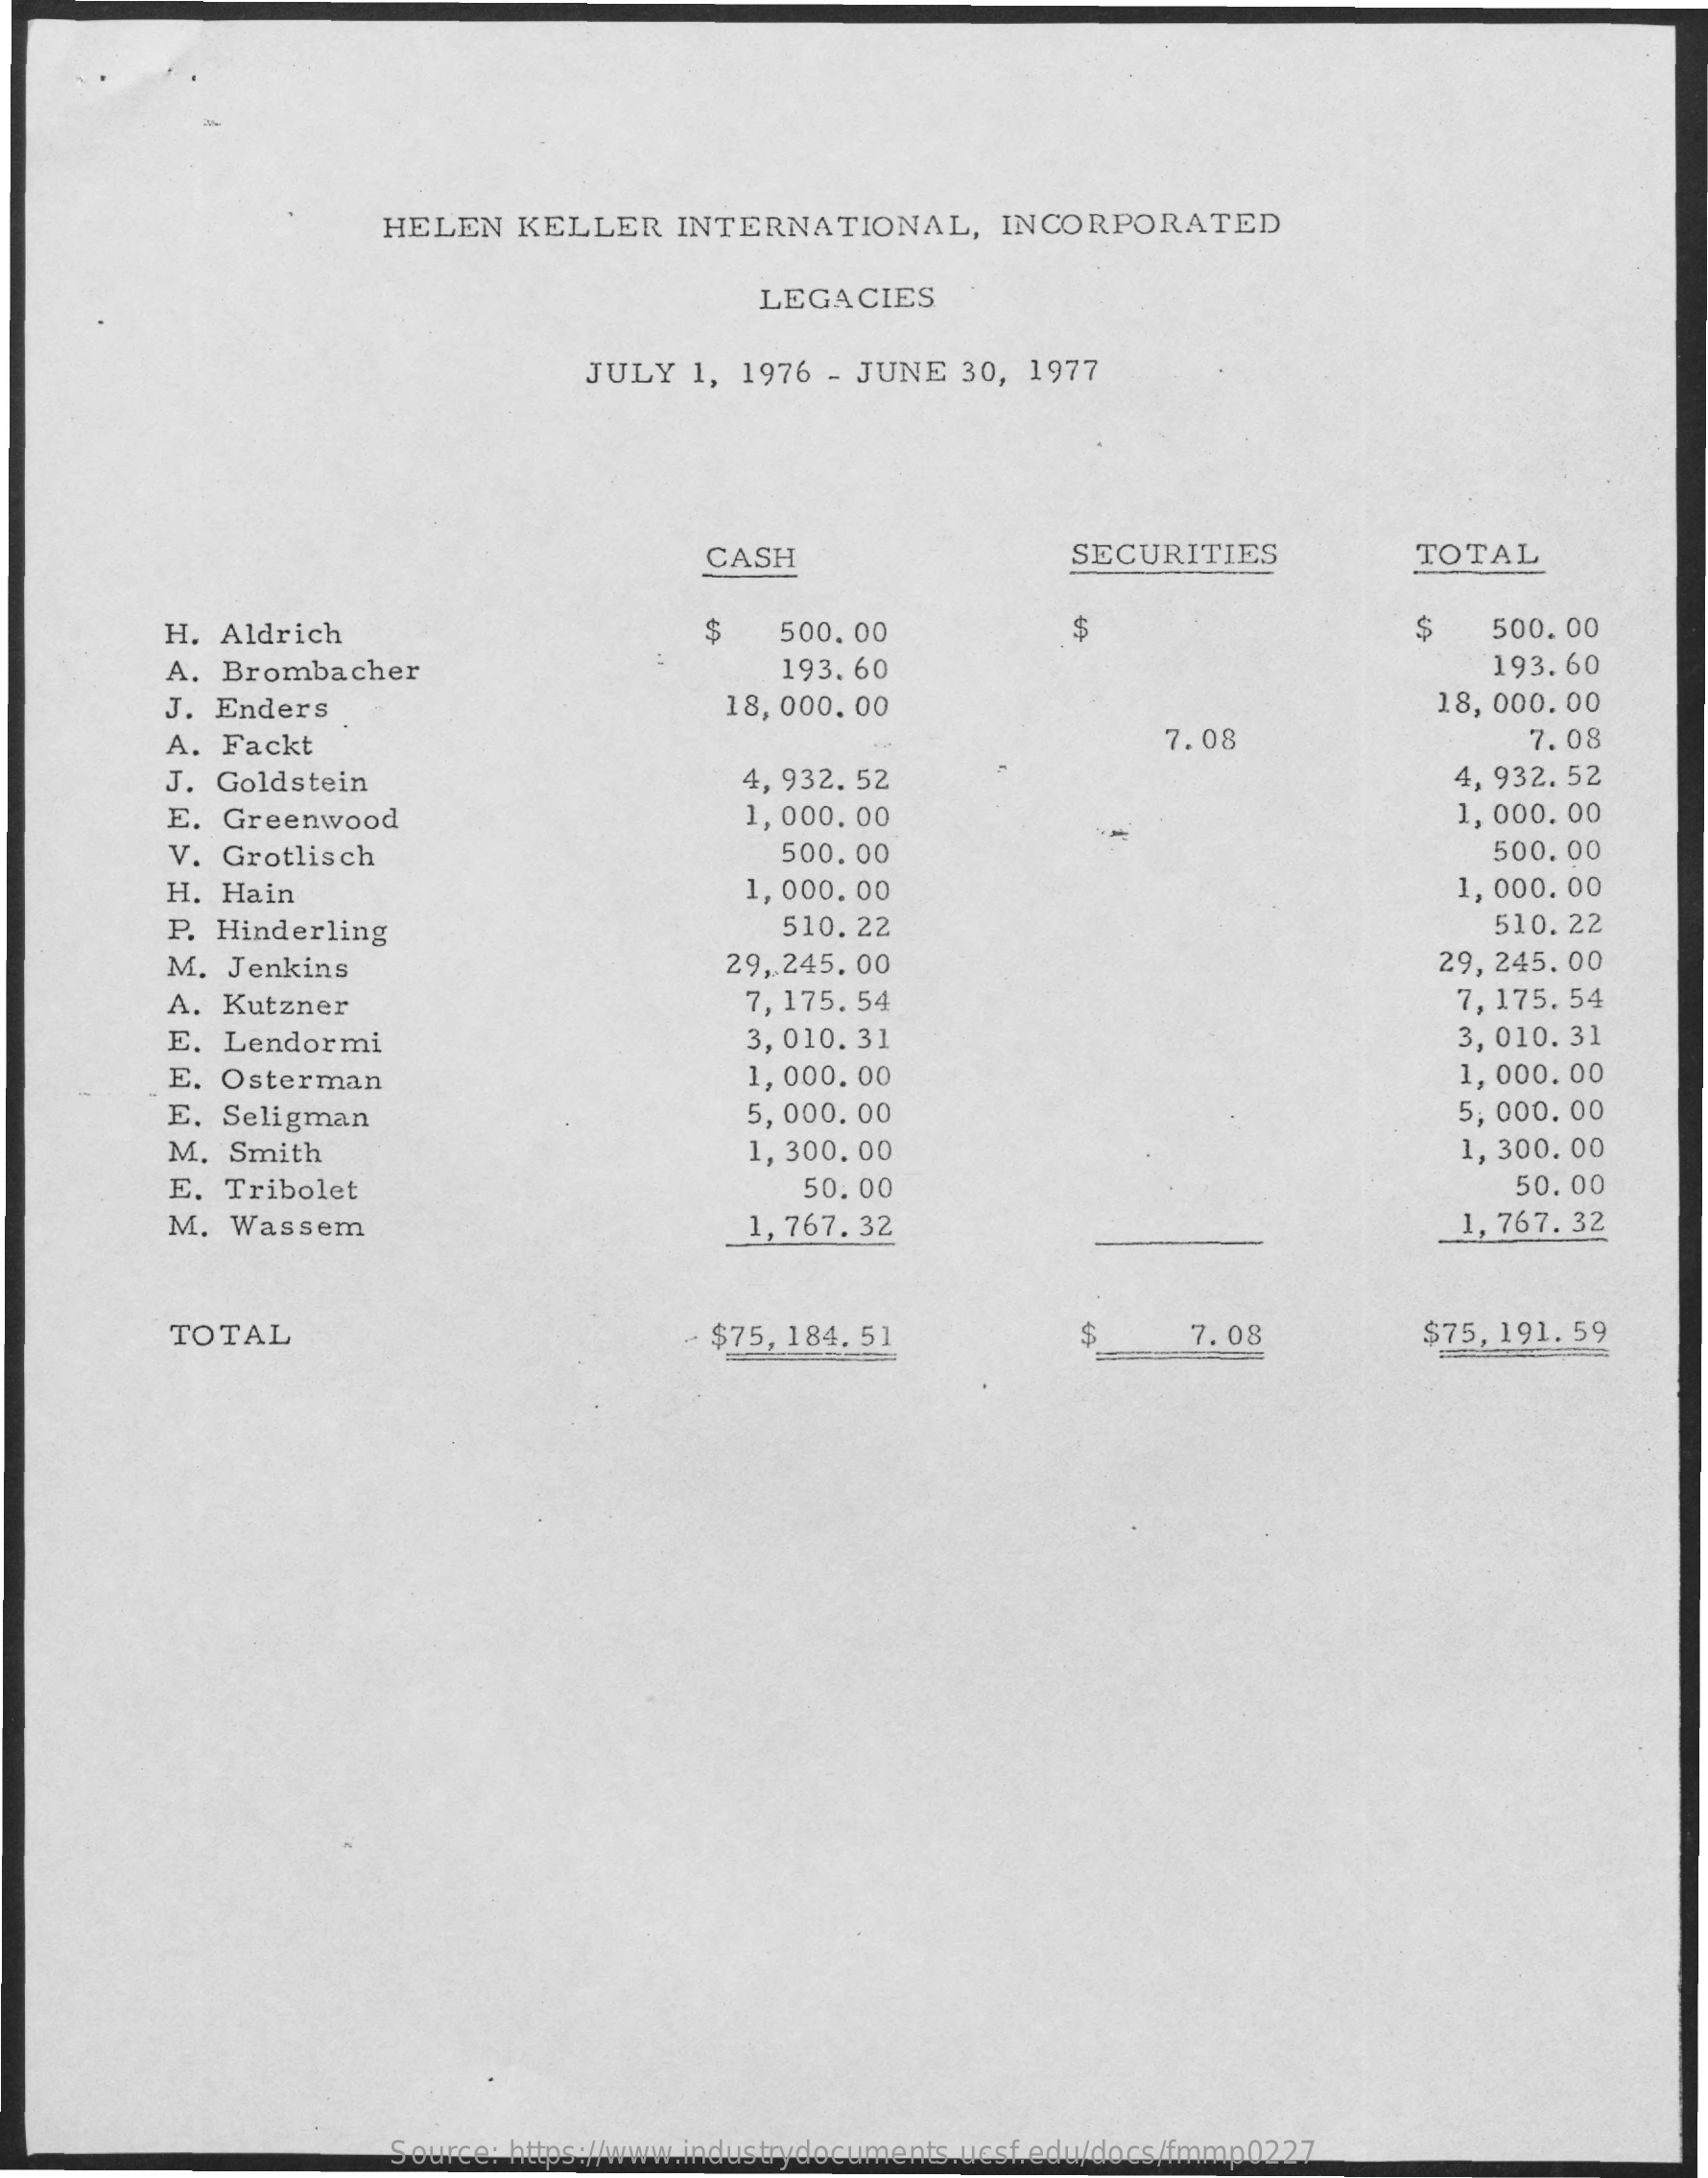
HELEN   KELLER    INTERNATIONAL,    INCORPORATED
     LEGACIES
     JULY   1, 1976  - JUNE  30,  1977
     CASH    SECURITIES    TOTAL
     H. Aldrich    $    500.00    $   500. 00
     A. Brombacher    193. 60    193.60
     J. Enders    18,000.00    18, 000.00
     A. Fackt    7.08    7. 08
     J. Goldstein    4, 932.52    4, 932.52
     E. Greenwood    1,000.00    1, 000.00
     V. Grotlisch    500.00    500. 00
     H. Hain    1,000.00    1,000.00
     P. Hinderling    510.22    510.22
     M. Jenkins    29,245.00    29, 245. 00
     A. Kutzner    7, 175. 54    7, 175. 54
     E. Lendormi    3, 010.31    3, 010. 31
     E. Osterman    1, 000. 00    1, 000.00
     E. Seligman    5, 000.00    5, 000. 00
     M.  Smith    1, 300. 00    1, 300. 00
     E. Tribolet    50.00    50.00
     M.  Wassem    1, 767. 32    1, 767. 32
     TOTAL    - $75, 184. 51    $    7.08    $75, 191. 59
     Source: https://www.industrydocuments.ucsf.edu/docs/fmmp0227